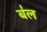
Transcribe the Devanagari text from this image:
ब॑ल